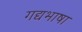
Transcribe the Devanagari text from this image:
गद्यभाषा